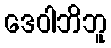
ဒေဝါဘိဘူ